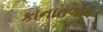
કાનાતળાવ